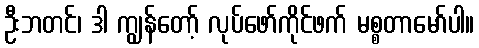
ဦးဘတင်၊ ဒါ ကျွန်တော့် လုပ်ဖော်ကိုင်ဖက် မစ္စတာမော်ပါ။